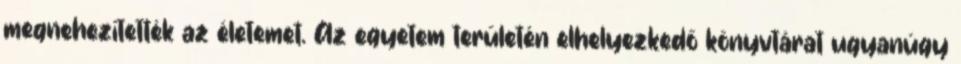
megnehezítették az életemet. Az egyetem területén elhelyezkedő könyvtárat ugyanúgy